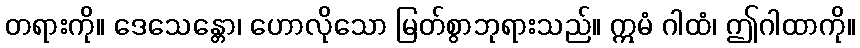
တရားကို။ ဒေသေန္တော၊ ဟောလိုသော မြတ်စွာဘုရားသည်။ ဣမံ ဂါထံ၊ ဤဂါထာကို။